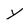
Character: y